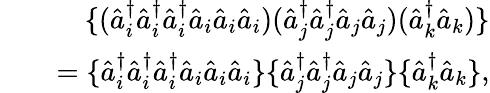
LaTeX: \begin{array}{rlr}&{}&{\{ (\hat{a}_{i}^{\dagger}\hat{a}_{i}^{\dagger}\hat{a}_{i}^{\dagger}\hat{a}_{i}\hat{a}_{i}\hat{a}_{i})(\hat{a}_{j}^{\dagger}\hat{a}_{j}^{\dagger}\hat{a}_{j}\hat{a}_{j})(\hat{a}_{k}^{\dagger}\hat{a}_{k})\} }\\ &{}&{=\{ \hat{a}_{i}^{\dagger}\hat{a}_{i}^{\dagger}\hat{a}_{i}^{\dagger}\hat{a}_{i}\hat{a}_{i}\hat{a}_{i}\} \{ \hat{a}_{j}^{\dagger}\hat{a}_{j}^{\dagger}\hat{a}_{j}\hat{a}_{j}\} \{ \hat{a}_{k}^{\dagger}\hat{a}_{k}\} ,}\end{array}